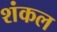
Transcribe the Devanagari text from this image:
शंकल